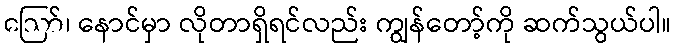
ဪ၊ နောင်မှာ လိုတာရှိရင်လည်း ကျွန်တော့်ကို ဆက်သွယ်ပါ။